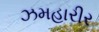
ઝમહારીર